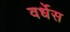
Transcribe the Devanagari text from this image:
वर्धेस